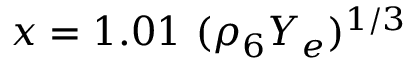
x = 1 . 0 1 \ ( \rho _ { 6 } Y _ { e } ) ^ { 1 / 3 }